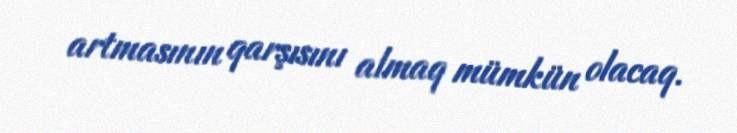
artmasının qarşısını almaq mümkün olacaq.